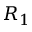
R _ { 1 }